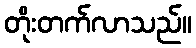
တိုးတက်လာသည်။